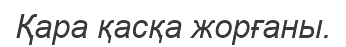
Қара қасқа жорғаны.